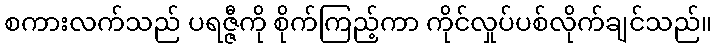
စကားလက်သည် ပရဇ္ဇီကို စိုက်ကြည့်ကာ ကိုင်လှုပ်ပစ်လိုက်ချင်သည်။